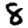
Digit: 8